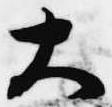
大